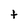
Character: t